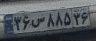
۳۶س۸۸۵۳۶